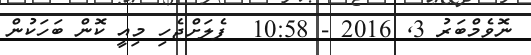
ނޮވެމްބަރު 3